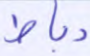
رباط